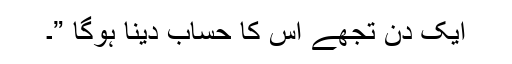
ایک دن تجھے اس کا حساب دینا ہوگا ”۔